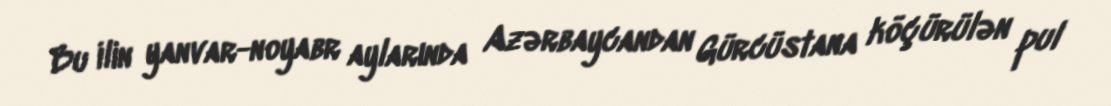
Bu ilin yanvar-noyabr aylarında Azərbaycandan Gürcüstana köçürülən pul